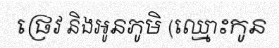
ផ្រេវ និងអូនភូមិ (ឈ្មោះកូន